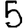
Digit: 5